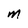
Character: M